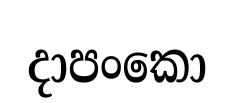
දාපංකො